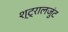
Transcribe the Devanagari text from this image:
श्ट्रालजुंट